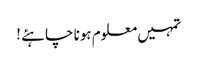
تمہیں معلوم ہونا چاہئے !